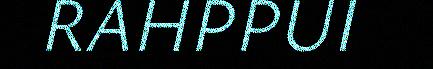
RAHPPUI